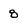
Character: 8